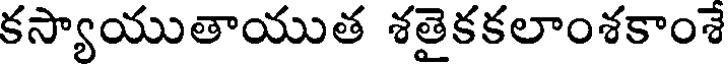
కస్యాయుతాయుత శతైకకలాంశకాంశే